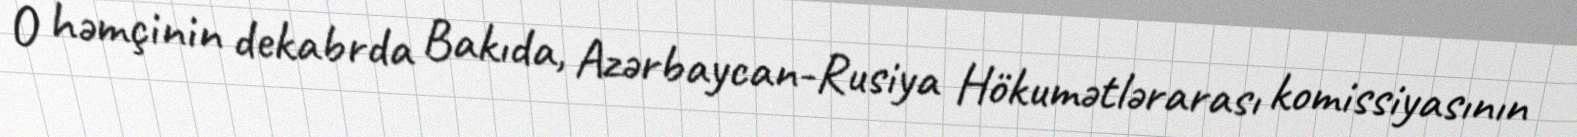
O həmçinin dekabrda Bakıda, Azərbaycan-Rusiya Hökumətlərarası komissiyasının